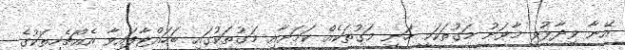
އޭނާ ވިދާޅުވީ މާވަށު މަގުތަކަކީ ހަނި މަގުތަކެއް ކަމަށާއި މަގުތަކުގައި ބަހައްޓާފައިވާ އެއްޗެހިތަކުގެ